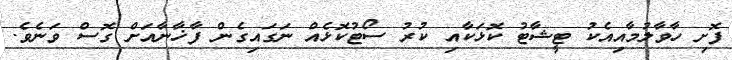
ފޮށި ހާވާލުމާއިއެކު ޓީޝާޓު ކޮޅަކާއި ކުރު ސޯޓުކޮޅެއް ނަގައިގެން ފާޚާނާއަށް ގޮސް ވަނެވެ.